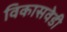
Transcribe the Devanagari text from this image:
विकासवेडी